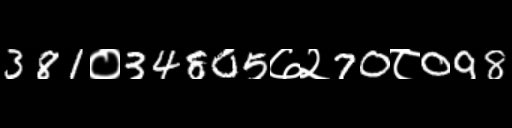
Text: 381०34805७२70८098